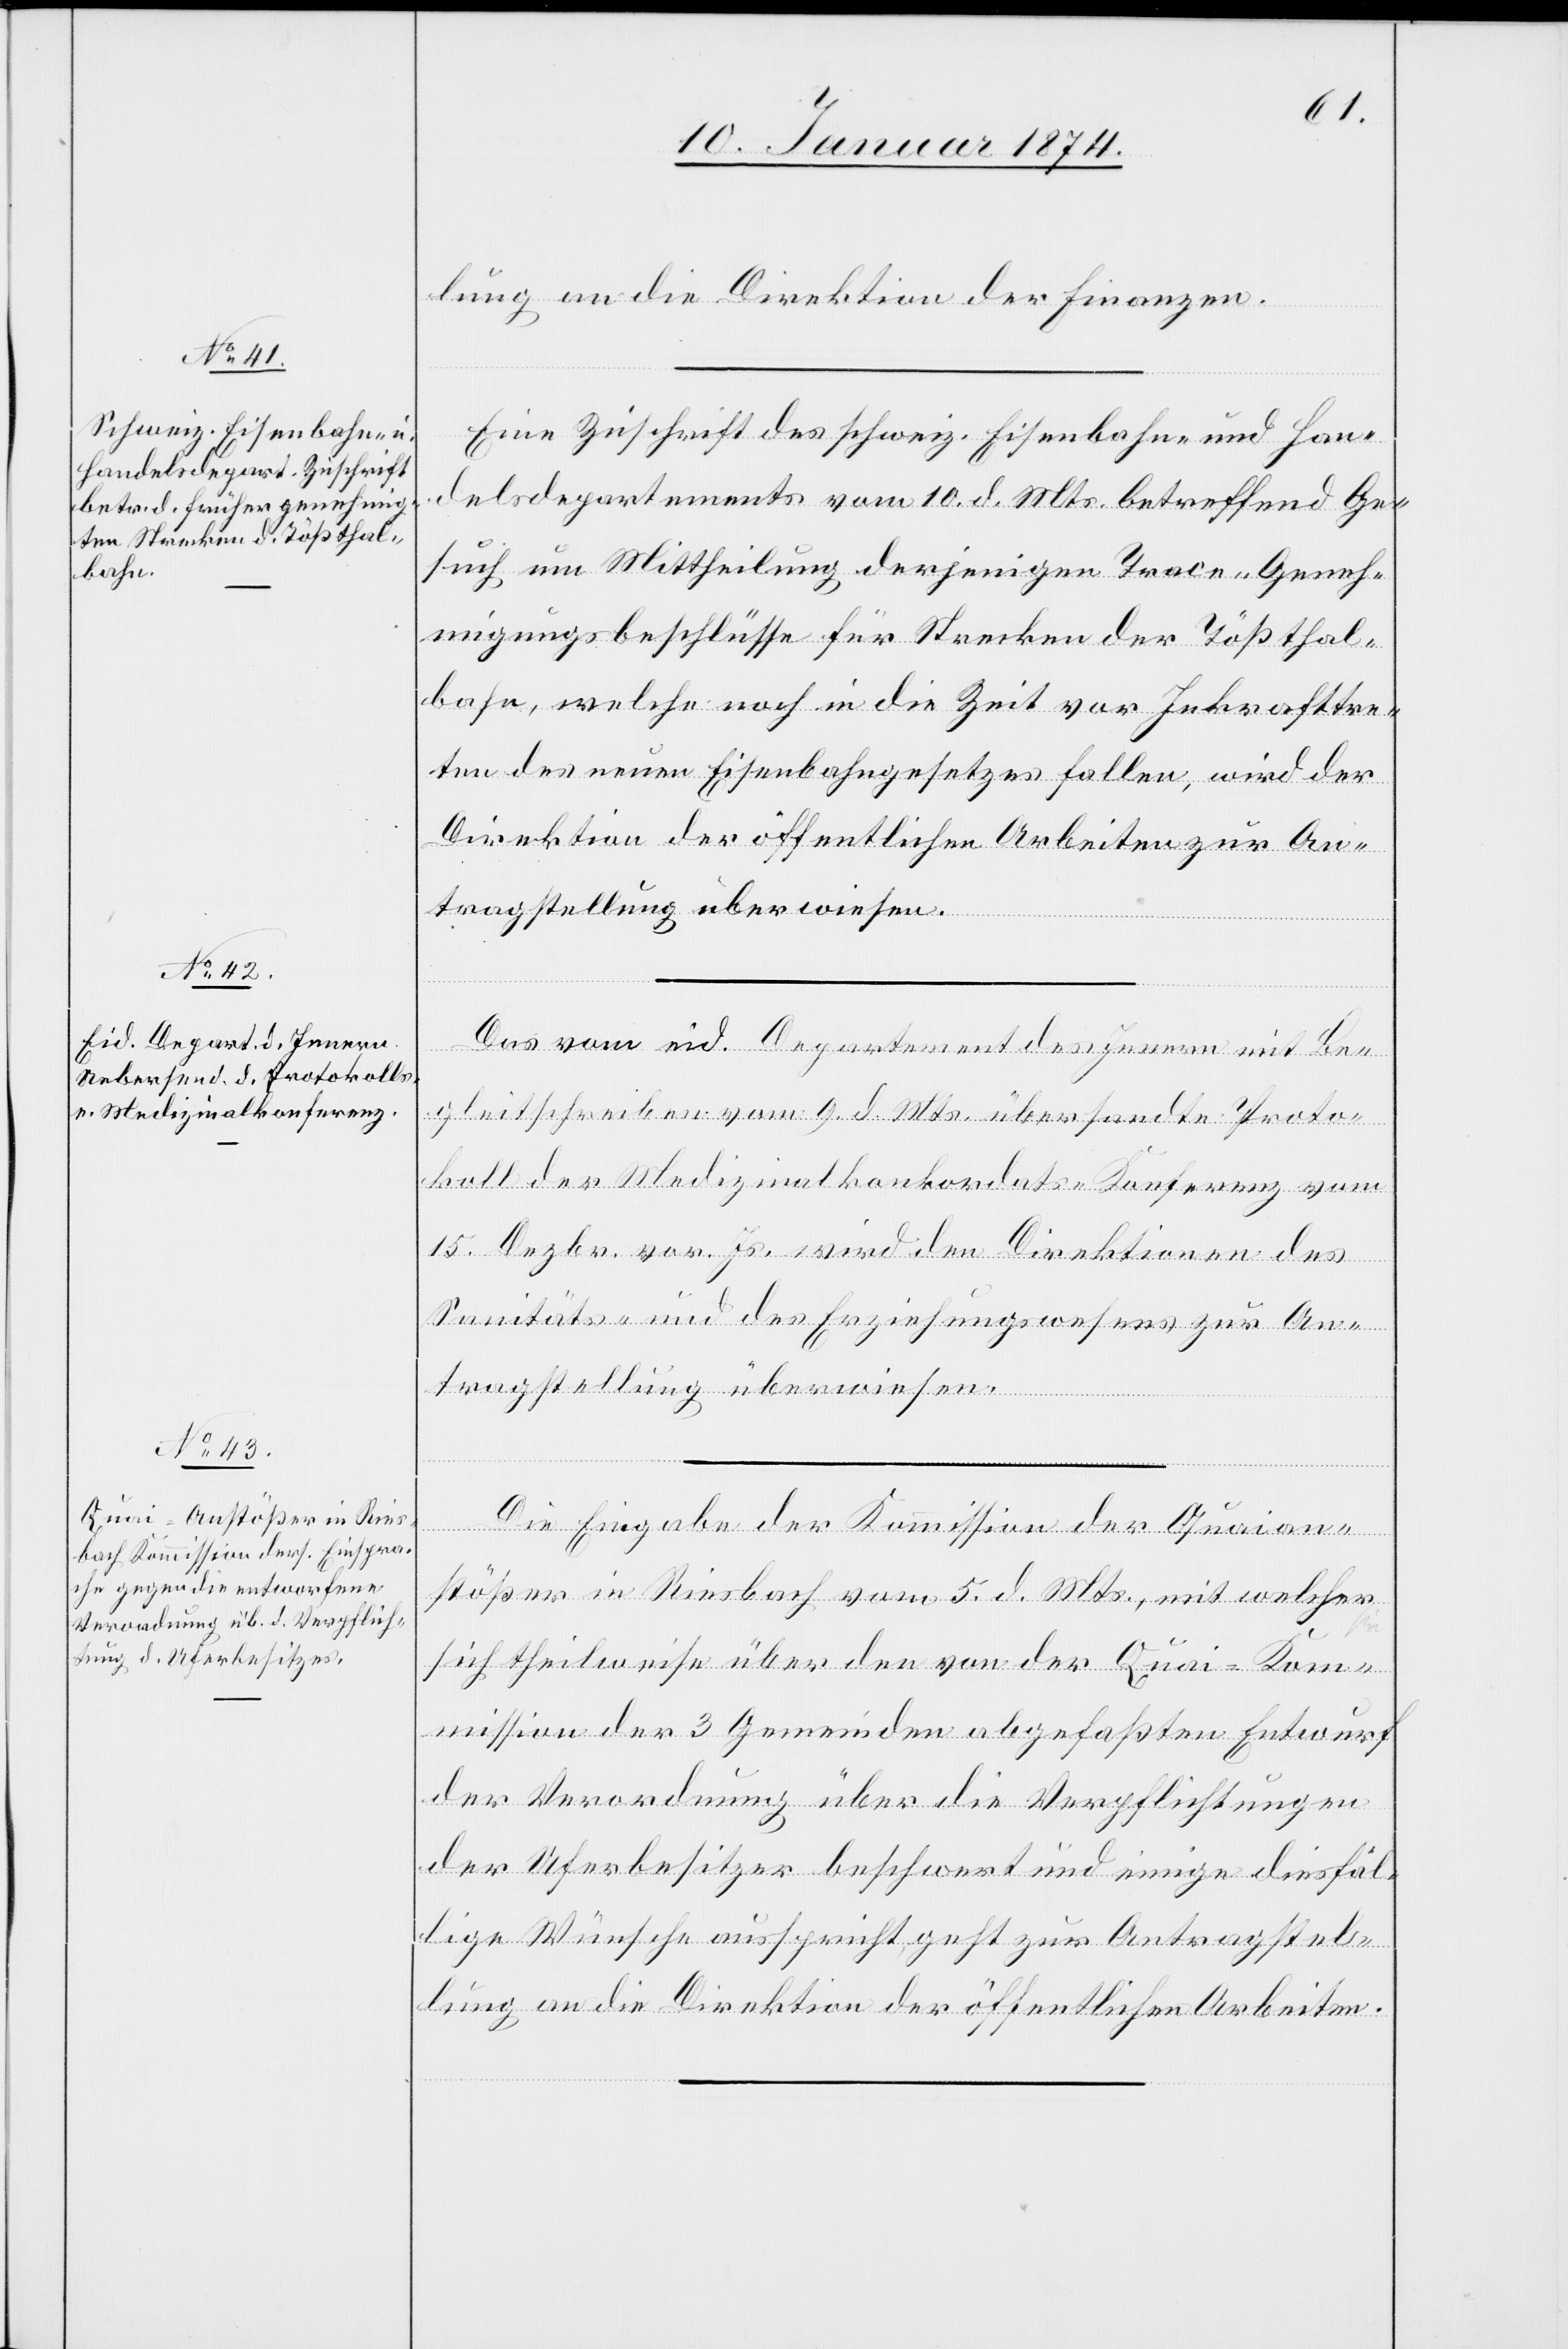
12. Januar 1874.]
lung an die Direktion der Finanzen.
Eine Zuschrift des schweiz. Eisenbahn- und Han¬
delsdepartements vom 10. d. Mts. betreffend Ge¬
such um Mittheilung derjenigen Trace-Geneh¬
migungsbeschlüsse für Strecken der Tößthal¬
bahn, welche noch in die Zeit vor Inkrafttre¬
ten des neuen Eisenbahngesetzes fallen, wird der
Direktion der öffentlichen Arbeiten zur An¬
tragstellung überwiesen.
Das vom eid. Departement des Innern mit Beg¬
leitschreiben vom 9. d. Mts. übersandte Proto¬
koll der Medizinalkonkordats-Konferenz vom
15. Dezbr. vor. Js. wird den Direktionen des
Sanitäts- und des Erziehungswesens zur An¬
tragstellung überwiesen.
Die Eingabe der Kommission der Quaian¬
stößer in Riesbach vom 5. d. Mts., mit welcher
sich theilweise über den von der Quai-Kom¬
mission der 3 Gemeinden abgefaßten Entwurf
der Verordnung über die Verpflichtungen
der Uferbesitzer beschwert und einige diesfäl¬
lige Wünsche ausspricht, geht zur Antragstel¬
lung an die Direktion der öffentlichen Arbeiten.